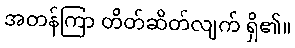
အတန်ကြာ တိတ်ဆိတ်လျက် ရှိ၏။